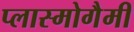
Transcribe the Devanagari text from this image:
प्लास्मोगैमी